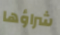
شراؤها